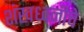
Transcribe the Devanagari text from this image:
शंखध्वनीचे